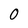
Character: 0